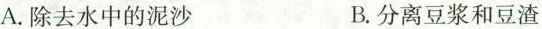
A.除去水中的泥沙 B.分离豆浆和豆渣